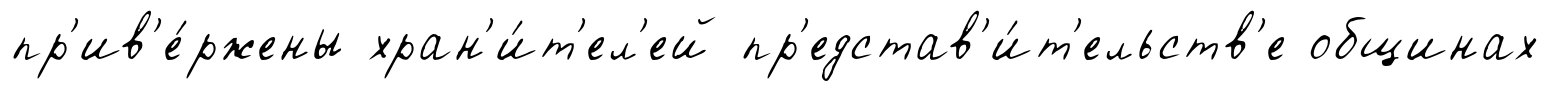
пр'ив'е́ржены хран'и́т'ел'ей пр'едстав'и́т'ельств'е общинах